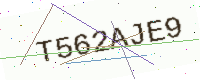
Text: T562AJE9